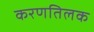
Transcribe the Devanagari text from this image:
करणतिलक